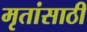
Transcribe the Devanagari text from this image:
मृतांसाठी